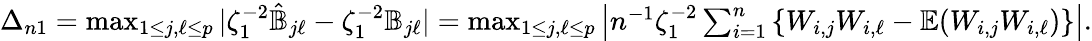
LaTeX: \begin{array}{r}{\Delta_{n1}=\operatorname*{max}_{1\leq j,\ell\leq p}|\zeta_{1}^{-2}\hat{{\mathbb{B}}}_{j\ell}-\zeta_{1}^{-2}{\mathbb{B}}_{j\ell}|=\operatorname*{max}_{1\leq j,\ell\leq p}\left|n^{-1}\zeta_{1}^{-2}\sum_{i=1}^{n}\left\{ W_{i,j}W_{i,\ell}-{\mathbb{E}}(W_{i,j}W_{i,\ell})\right\} \right|.}\end{array}